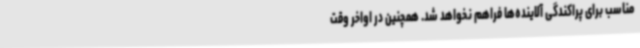
مناسب برای پراکندگی آلاینده‌ها فراهم نخواهد شد. همچنین در اواخر وقت